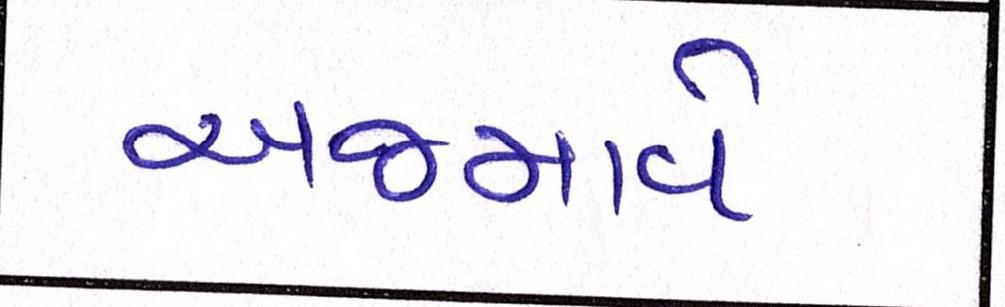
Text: અજમાવે